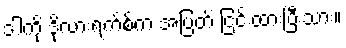
ဒါကို ဒိုလားရက်စ်က အပြတ် ငြင်းထားပြီးသား။